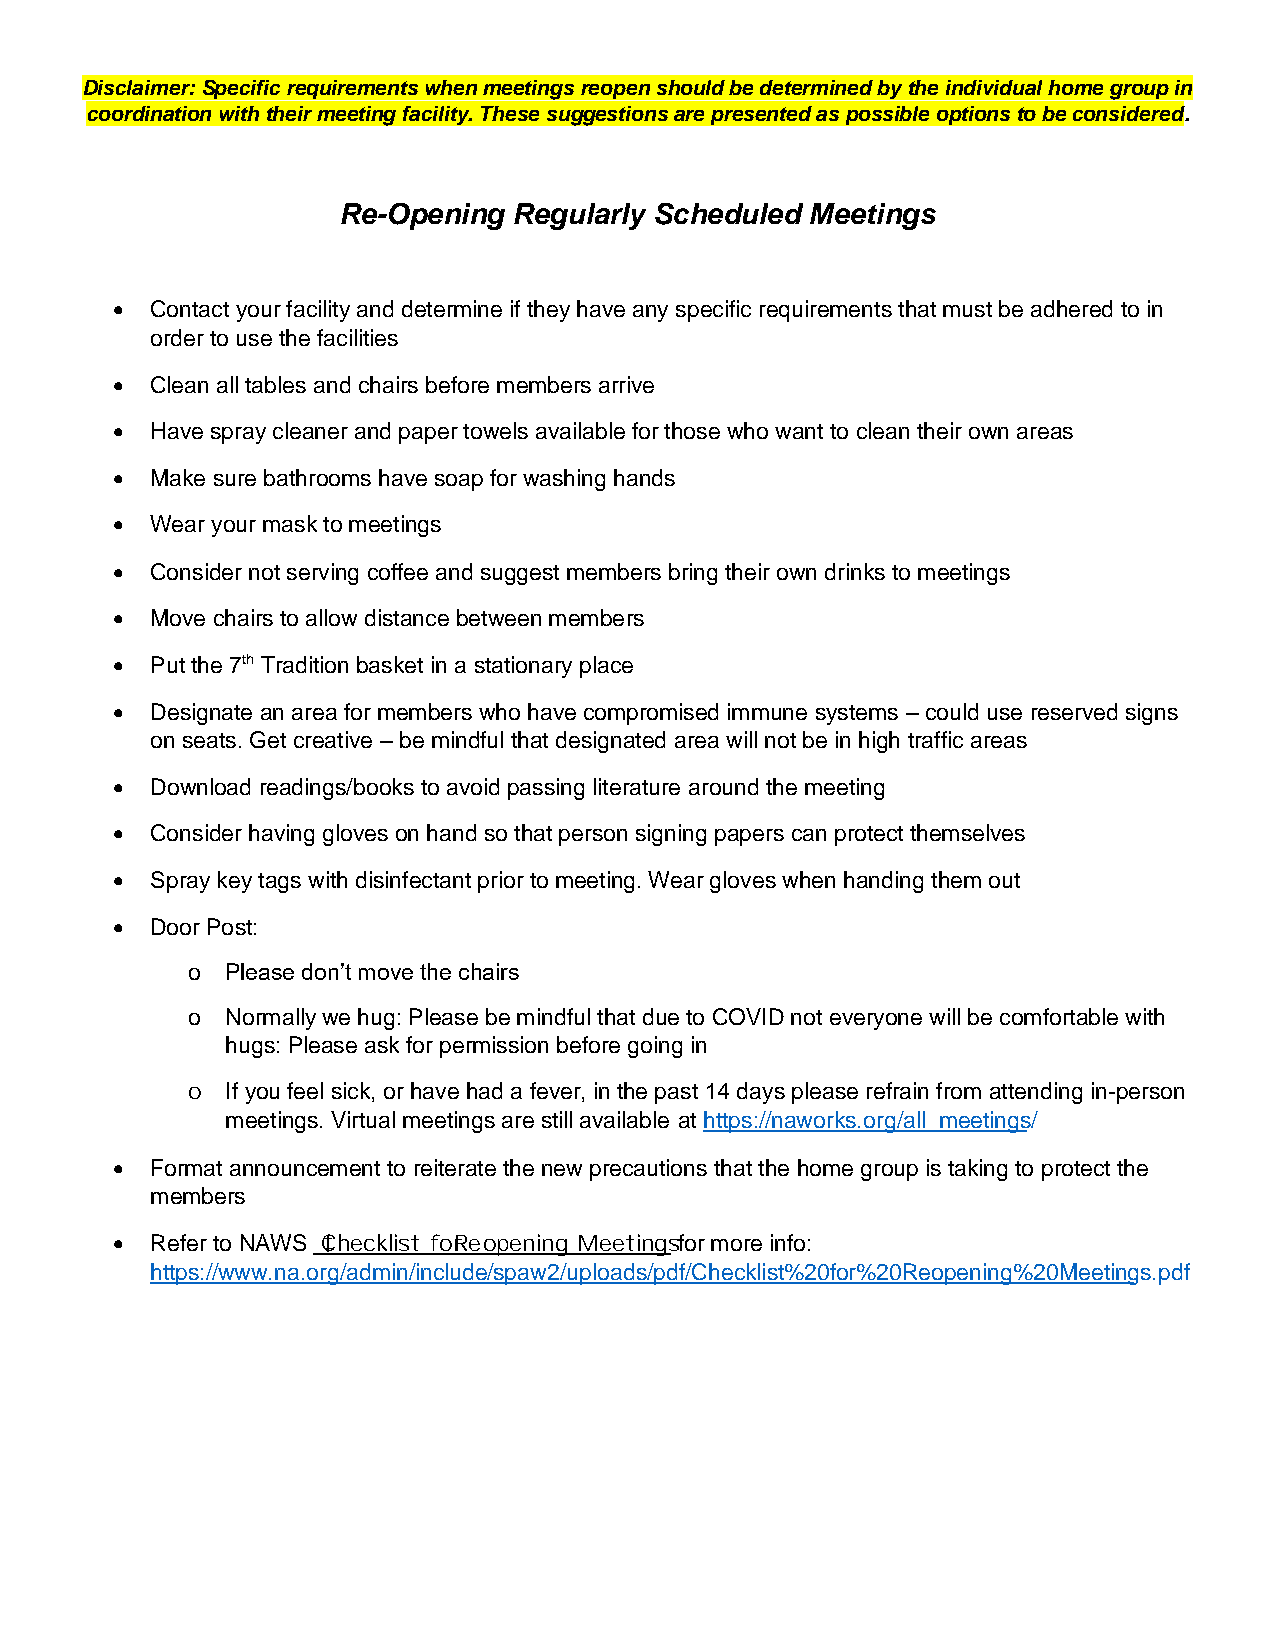
Disclaimer: Specific requirements when meetings reopen should be determined by the individual home group in
 coordination with their meeting facility. These suggestions are presented as possible options to be considered.
 Re-Opening  Regularly Scheduled Meetings
 •  Contact your facility and determine if they have any specific requirements that must be adhered to in
 order to use the facilities
 •  Clean all tables and chairs before members arrive
 •  Have spray cleaner and paper towels available for those who want to clean their own areas
 •  Make sure bathrooms have soap for washing hands
 •  Wear your mask to meetings
 •  Consider not serving coffee and suggest members bring their own drinks to meetings
 •  Move chairs to allow distance between members
 •  Put the 7th Tradition basket in a stationary place
 •  Designate an area for members who have compromised immune systems – could use reserved signs
 on seats. Get creative – be mindful that designated area will not be in high traffic areas
 •  Download readings/books to avoid passing literature around the meeting
 •  Consider having gloves on hand so that person signing papers can protect themselves
 •  Spray key tags with disinfectant prior to meeting. Wear gloves when handing them out
 •  Door Post:
 o  Please don’t move the chairs
 o  Normally we hug: Please be mindful that due to COVID not everyone will be comfortable with
 hugs: Please ask for permission before going in
 o  If you feel sick, or have had a fever, in the past 14 days please refrain from attending in-person
 meetings. Virtual meetings are still available at https://naworks.org/all_meetings/
 •  Format announcement to reiterate the new precautions that the home group is taking to protect the
 members
 •  Refer to NAWS “Checklist for Reopening Meetings” for more info:
 https://www.na.org/admin/include/spaw2/uploads/pdf/Checklist%20for%20Reopening%20Meetings.pdf